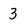
Character: 3